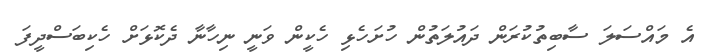
އެ މައްސަލަ ސާބިތުކުރަން ދައުލަތުން ހުށަހެޅި ހެކީން ވަނީ ނިހާނާ ދެކޮޅަށް ހެކިބަސްދީފަ